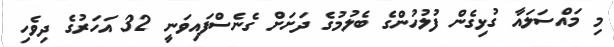
މި މައްސަލައާ ގުޅިގެން ފުލުހުންގެ ބެލުމުގެ ދަށަށް ގެނެސްފައިވަނީ 32 އަހަރުގެ ދިވެހި